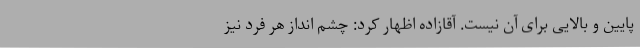
پایین و بالایی برای آن نیست. آقازاده اظهار کرد: چشم انداز هر فرد نیز